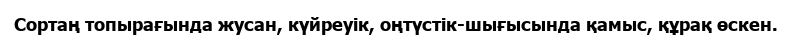
Сортаң топырағында жусан, күйреуік, оңтүстік-шығысында қамыс, құрақ өскен.